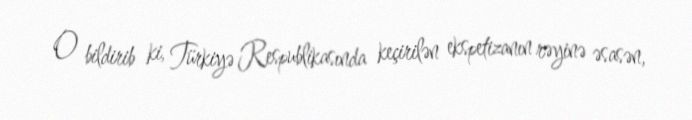
O bildirib ki, Türkiyə Respublikasında keçirilən ekspetizanın rəyinə əsasən,